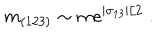
LaTeX: m _ { ( 1 2 3 ) } \sim m e ^ { | \sigma _ { 1 3 } | / 2 } \; .